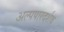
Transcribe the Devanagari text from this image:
अल्पपारदर्शक